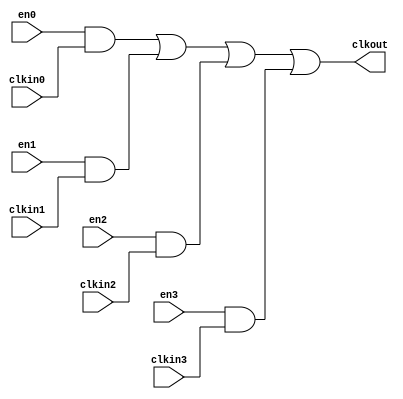
//#############################################################################
//# Function: 4:1 Clock Mux                                                   #
//#############################################################################
//# Author:   Andreas Olofsson                                                #
//# License:  MIT (see LICENSE file in OH! repository)                        #
//#############################################################################

module oh_clockmux4
  #(parameter N    = 1,        // vector width
    parameter SYN  = "TRUE",   // synthesizable (or not)
    parameter TYPE = "DEFAULT" // implementation type
    )
   (
    input [N-1:0]  en0, // clkin0 enable (stable high)
    input [N-1:0]  en1, // clkin1 enable (stable high)
    input [N-1:0]  en2, // clkin1 enable (stable high)
    input [N-1:0]  en3, // clkin1 enable (stable high)
    input [N-1:0]  clkin0, // clock input
    input [N-1:0]  clkin1, // clock input
    input [N-1:0]  clkin2, // clock input
    input [N-1:0]  clkin3, // clock input
    output [N-1:0] clkout // clock output
    );

   generate
      if(SYN == "TRUE") begin
	 assign clkout[N-1:0] = (en0[N-1:0] & clkin0[N-1:0]) |
				(en1[N-1:0] & clkin1[N-1:0]) |
				(en2[N-1:0] & clkin2[N-1:0]) |
				(en3[N-1:0] & clkin3[N-1:0]);
      end
      else begin
	 genvar 	     i;
	 for (i=0;i<N;i=i+1) begin
	    asic_clockmux4 #(.TYPE(TYPE))
	    asic_clockmux4(// Outputs
			   .clkout	(clkout[N-1:0]),
			   // Inputs
			   .en0		(en0[N-1:0]),
			   .en1		(en1[N-1:0]),
			   .en2		(en2[N-1:0]),
			   .en3		(en3[N-1:0]),
			   .clkin0	(clkin0[N-1:0]),
			   .clkin1	(clkin1[N-1:0]),
			   .clkin2	(clkin2[N-1:0]),
			   .clkin3	(clkin3[N-1:0]));
	 end
      end
   endgenerate
endmodule